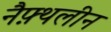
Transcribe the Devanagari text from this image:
नैफ़्थलीन